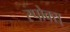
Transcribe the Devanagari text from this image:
स्पोक्स्